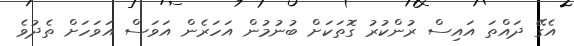
އެގޭ ދައްތަ އައިސް ރުންކުރު ގޮތަކަށް ބުނުމުން އަހަރެން އަވަސް އަވަހަށް ތެދުވެ